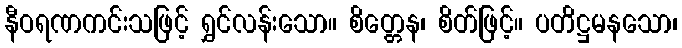
နီဝရဏကင်းသဖြင့် ရွှင်လန်းသော။ စိတ္တေန၊ စိတ်ဖြင့်။ ပတိဋ္ဌမနသော၊